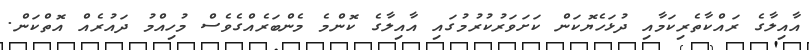
އާއިލާގެ ރައްކާތެރިކަމާއި ދުޅަހެޔޮކަން ކަށަވަރުކުރުމުގައި އާއިލާގެ ކޮންމެ މެންބަރެއްގެވެސް މުހިއްމު ދައުރެއް އޮތްކަން.